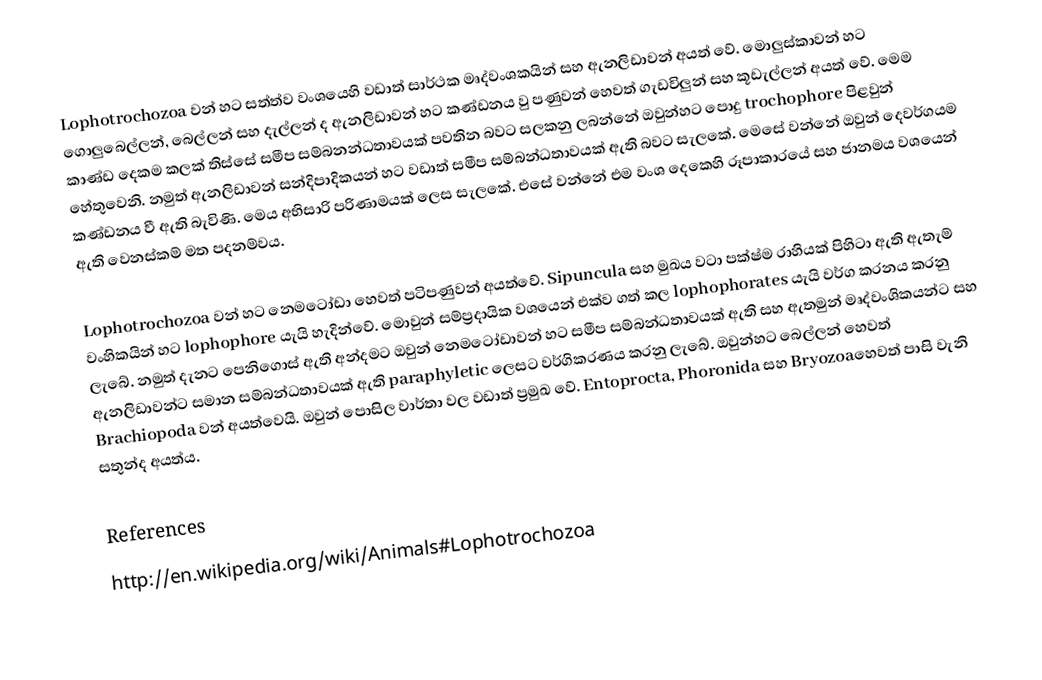
Lophotrochozoa වන් හට සත්ත්ව වංශයෙහි වඩාත් සාර්ථක මෘද්වංශකයින් සහ ඇනලිඩාවන් අයත් වේ. මොලුස්කාවන් හට ගොලුබෙල්ලන්, බෙල්ලන් සහ දැල්ලන් ද ඇනලිඩාවන් හට කණ්ඩනය වු පණුවන් හෙවත් ගැඩවිලුන් සහ කූඩැල්ලන් අයත් වේ. මෙම කාණ්ඩ දෙකම කලක් තිස්සේ සමීප සම්බනන්ධතාවයක් පවතින බවට සලකනු ලබන්නේ ඔවුන්හට පොදු trochophore පිළවුන් හේතුවෙනි.  නමුත් ඇනලිඩාවන් සන්දිපාදිකයන් හ‍ට වඩාත් සමීප සම්බන්ධතාවයක් ඇති බවට සැලකේ. මෙසේ වන්නේ ඔවුන් දෙවර්ගයම කණ්ඩනය වී ඇති බැවිණි. මෙය අභිසාරි පරිණාමයක් ලෙස සැලකේ. එසේ වන්නේ එම වංශ දෙකෙහි රූපාකාරයේ සහ ජානමය වශයෙන් ඇති වෙනස්කම් මත පදනම්වය.

Lophotrochozoa වන් හට නෙමටෝඩා හෙවත් පටිපණුවන් අයත්වේ. Sipuncula සහ මුඛය වටා පක්ෂ්ම රාහියක් පිහිටා ඇති ඇතැම් වංහිකයින් හට lophophore යැයි හැදින්වේ. මොවුන් සම්ප්‍රදායික වශ‍යෙන් එක්ව ගත් කල lophophorates යැයි වර්ග කරනය කරනු ලැබේ. නමුත් දැනට පෙනිගොස් ඇති අන්දමට ඔවුන් නෙමටෝඩාවන් හට සමීප සම්බන්ධතාවයක් ඇති සහ ඇතමුන් මෘද්වංශිකයන්ට සහ ඇනලිඩාවන්ට සමාන සම්බන්ධතාවයක් ඇති paraphyletic ලෙසට වර්ගිකරණය කරනු ලැබේ. ඔවුන්හට බෙල්ලන් හෙවත් Brachiopoda වන් අයත්වෙයි. ඔවුන් පොසිල ව‍ාර්තා වල වඩාත් ප්‍රමුඛ වේ. Entoprocta, Phoronida  සහ Bryozoaහෙවත් පාසි වැනි සතුන්ද අයත්ය.

References
http://en.wikipedia.org/wiki/Animals#Lophotrochozoa